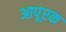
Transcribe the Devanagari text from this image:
आपूरक